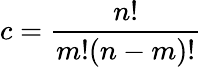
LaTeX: c=\frac{n!}{m!(n-m)!}